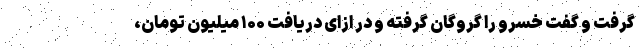
گرفت و گفت خسرو را گروگان گرفته و در ازای دریافت ۱۰۰ میلیون تومان،